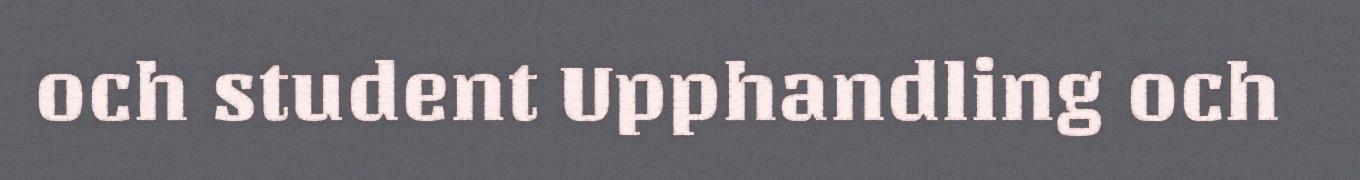
och student Upphandling och